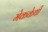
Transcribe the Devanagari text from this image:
मेककेर्थी